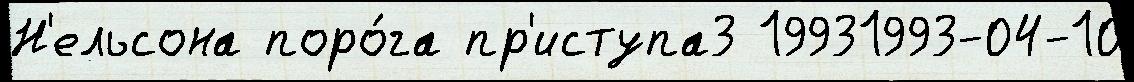
Н'ельсона поро́га пр'иступа3 19931993-04-10